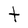
Character: t